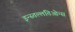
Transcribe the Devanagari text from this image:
इन्स्तल्लतिओन्स